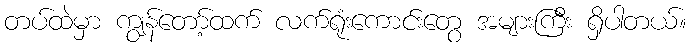
တပ်ထဲမှာ ကျွန်တော့်ထက် လက်ရုံးကောင်းတွေ အများကြီး ရှိပါတယ်။